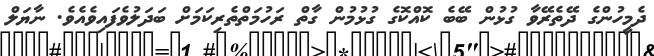
ދެމީހުންގެ ދޭތެރޭވާ ގުޅުން ބޭބެ ކޮއްކޮގެ ގުޅުމުން ގާތް ރަހުމަތްތެރިކަމަށް ބަދަލުވެފައިވެއެވެ. ނާޔަލް